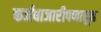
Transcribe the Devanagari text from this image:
कर्जबाजारीपणातून